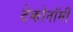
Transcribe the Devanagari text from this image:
टेकोनॉमी